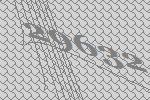
29632